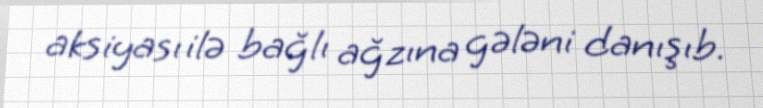
aksiyası ilə bağlı ağzına gələni danışıb.